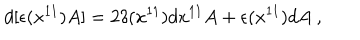
d [ \epsilon ( x ^ { 1 1 } ) A ] = 2 \delta ( x ^ { 1 1 } ) d x ^ { 1 1 } A + \epsilon ( x ^ { 1 1 } ) d A \ ,